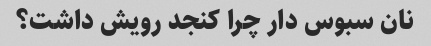
نان سبوس دار چرا کنجد رویش داشت؟